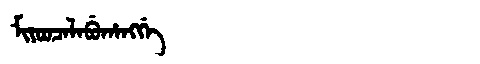
Manchu: ᠮᡳᠶᠣᠣᠴᠠᠯᠠᠪᡠᡥᠠᠩᡤᡝ
Romanization: MIYOOCALABUHANGGE